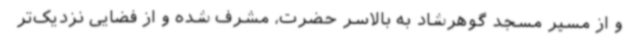
و از مسیر مسجد گوهرشاد به بالاسر حضرت، مشرف شده و از فضایی نزدیک‌تر